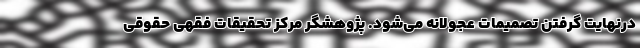
درنهایت گرفتن تصمیمات عجولانه می‌شود. پژوهشگر مرکز تحقیقات فقهی حقوقی